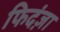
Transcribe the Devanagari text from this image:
फिदंज़ा